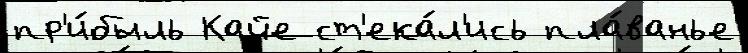
пр'и́быль Кайе ст'ека́л'ись пла́ванье